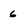
Character: 6